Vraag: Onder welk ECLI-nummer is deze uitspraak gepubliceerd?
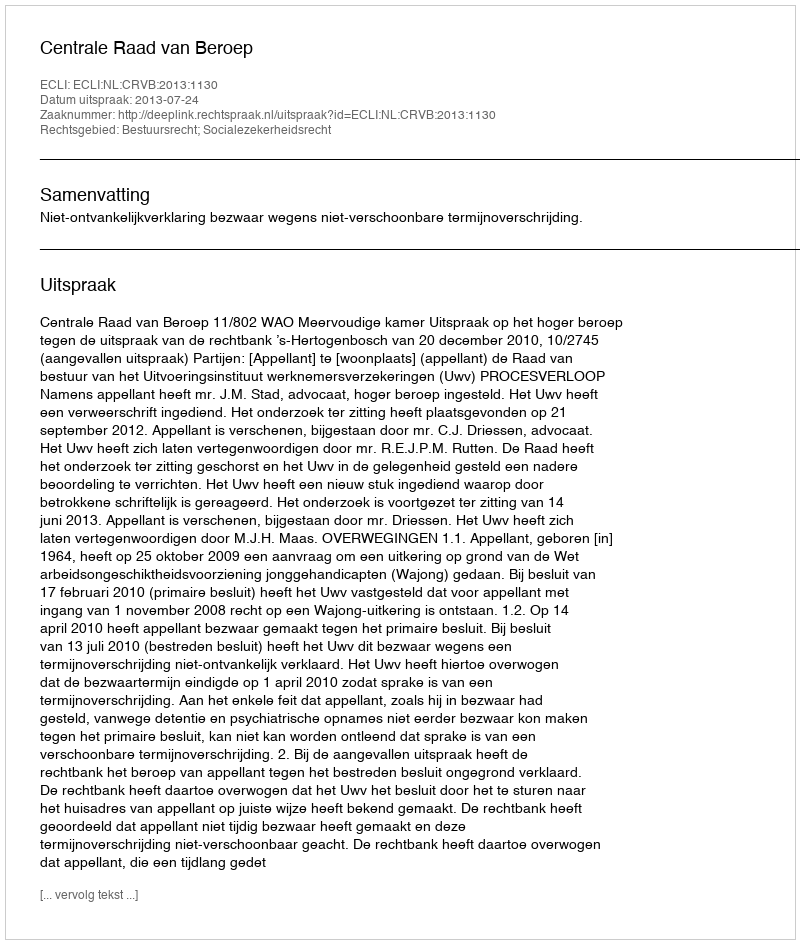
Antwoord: ECLI:NL:CRVB:2013:1130